Medical and sanitary report of the native army of Bengal for the year
Year: 1878
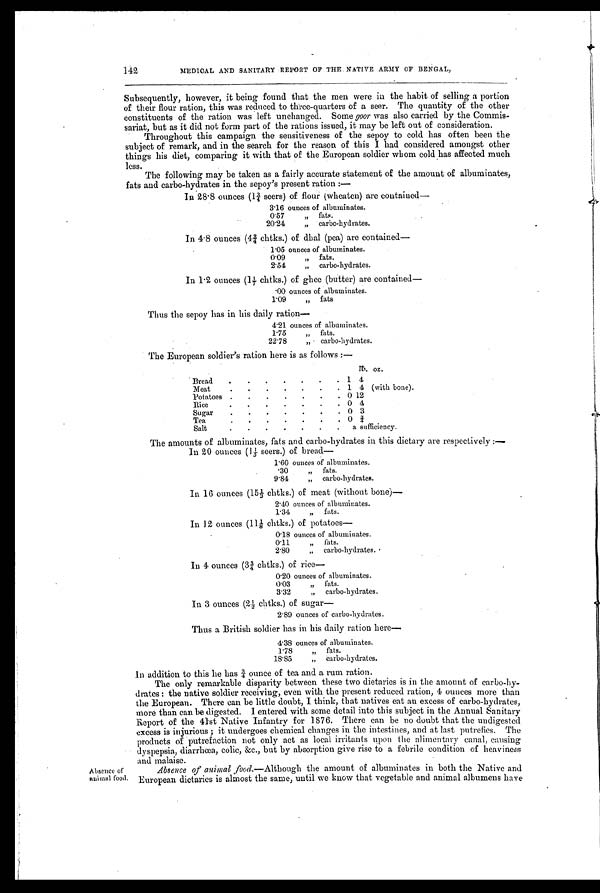
142
MEDICAL AND SANITARY REPORT OF THE NATIVE ARMY OF BENGAL,
Subsequently, however, it being found that the men were in the habit of selling a portion
of their flour ration, this was reduced to three-quarters of a seer. The quantity of the other
constituents of the ration was left unchanged. Some goor was also carried by the Commis-
sariat, but as it did not form part of the rations issued, it may be left out of consideration.
Throughout this campaign the sensitiveness of the sepoy to cold has often been the
subject of remark, and in the search for the reason of this I had considered amongst other
things his diet, comparing it with that of the European soldier whom cold has affected much
less.
The following may be taken as a fairly accurate statement of the amount of albuminates,
fats and carbo-hydrates in the sepoy's present ration:—
In 28.8 ounces (1¾seers) of flour (wheaten) are contained—
3.16 ounces of albuminates.
0.57
„ , , fats.
20.24
, , carbo-hvdrates.
In 4.8 ounces (4¾ chtks.) of dhal (pea) are contained—
1.05 ounces of albuminates.
0.09
„ fats.
2.54
, , carbo-hydrates.
In 1.2 ounces (11/7 chtks.) of ghee (butter) are contained—
.00 ounces of albuminates.
1.09
, ,
fats
Thus the sepoy has in his daily ration—
4.21 ounces of albuminates.
1.75
„ fats.
22.78
, ,
carbo-hydrates.
The European soldier's ration here is as follows:—
Ib. oz.
Bread
.
.
.
.
.
.
. 1 4
Meat
.
.
.
. .
. . 1 4
( w i t h b o n e ) .
Potatoes .
.
.
.
.
.
. 0 12
Rice
.
.
.
.
.
. .. 0 4
Sugar
.
.
.
.
.
.
. 0 3
Tea
.
.
.
.
.
. . 0 ¾
Salt
.
.
.
.
.
.
. a sufficiency.
The amounts of albuminates, fats and carbo-hydrates in this dietary are respectively :—
In 20 ounces (11/5 seers.) of bread—
1.60 ounces of albuminates.
.30
, , fats.
9.84
„ carbo-hydrates
In 16 ounces (151/3 chtks.) of meat (without bone)—
2.40 ounces of albuminates.
1.34
„ fats.
In 12 ounces (111/8 chtks.) of potatoes—
0.18 ounces of albuminates.
0.11
„ fats.
2.80
„ carbo-hydrates.
In 4 ounces (3¾ chtks.) of rice—
0.20 ounces of albuminates.
0.03
„ fats.
3.32
, , carbo-hydrates.
In 3 ounces (21/2 chtks.) of sugar
—
2.89 ounces of carbo-hydrates.
Thus a British soldier has in his daily ration here—
4.38 ounces of albuminates.
1.78
„ fats.
18.85
, , carbo-hydrates.
Absence of
animal food
In addition to this he has ¾ ounce of tea and a rum ration.
The only remarkable disparity between these two dietaries is in the amount of carbohy-
drates: the native soldier receiving, even with the present reduced ration, 4 ounces more than
the European. There can be little doubt, I think, that natives eat an excess of carbo-hydrates,
more than can be digested. I entered with some detail into this subject in the Annual Sanitary
Report of the 41st Native Infantry for 1876. There can be no doubt that the undigested
excess is injurious; it undergoes chemical changes in the intestines, and at last putrefies. The
products of putrefaction not only act as local irritants upon the alimentary canal, causing
dyspepsia, diarrhœa, colic, &c., but by absorption give rise to a febrile condition of heaviness
and malaise.
Absence of animal food. —Although the amount of albuminates in both the Native and
European dietaries is almost the same, until we know that vegetable and animal albumens have